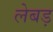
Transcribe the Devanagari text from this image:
लेबड़